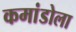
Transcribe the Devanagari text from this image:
कमांडोला